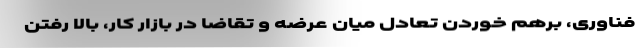
فناوری، برهم خوردن تعادل میان عرضه و تقاضا در بازار کار، بالا رفتن